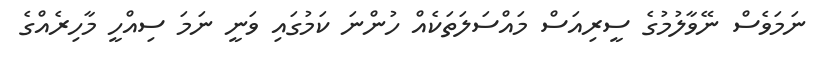
ނަމަވެސް ނޭވާލުމުގެ ސީރިއަސް މައްސަލަތަކެއް ހުންނަ ކަމުގައި ވަނީ ނަމަ ސިއްހީ މާހިރެއްގެ